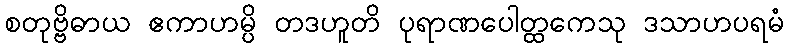
စတုဗ္ဗိဓာယ ဧကာဟမ္ပိ တဒဟူတိ ပုရာဏပေါတ္ထကေသု ဒသာဟပရမံ